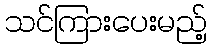
သင်ကြားပေးမည့်